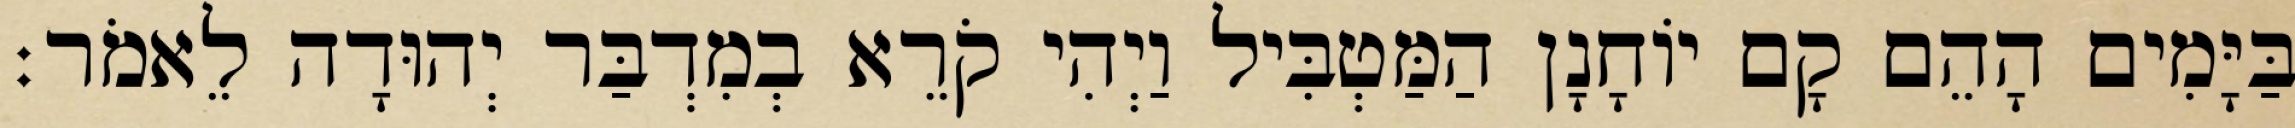
בַּיָּמִים הָהֵם קָם יוֹחָנָן הַמַּטְבִּיל וַיְהִי קֹרֵא בְמִדְבַּר יְהוּדָה לֵאמֹר׃